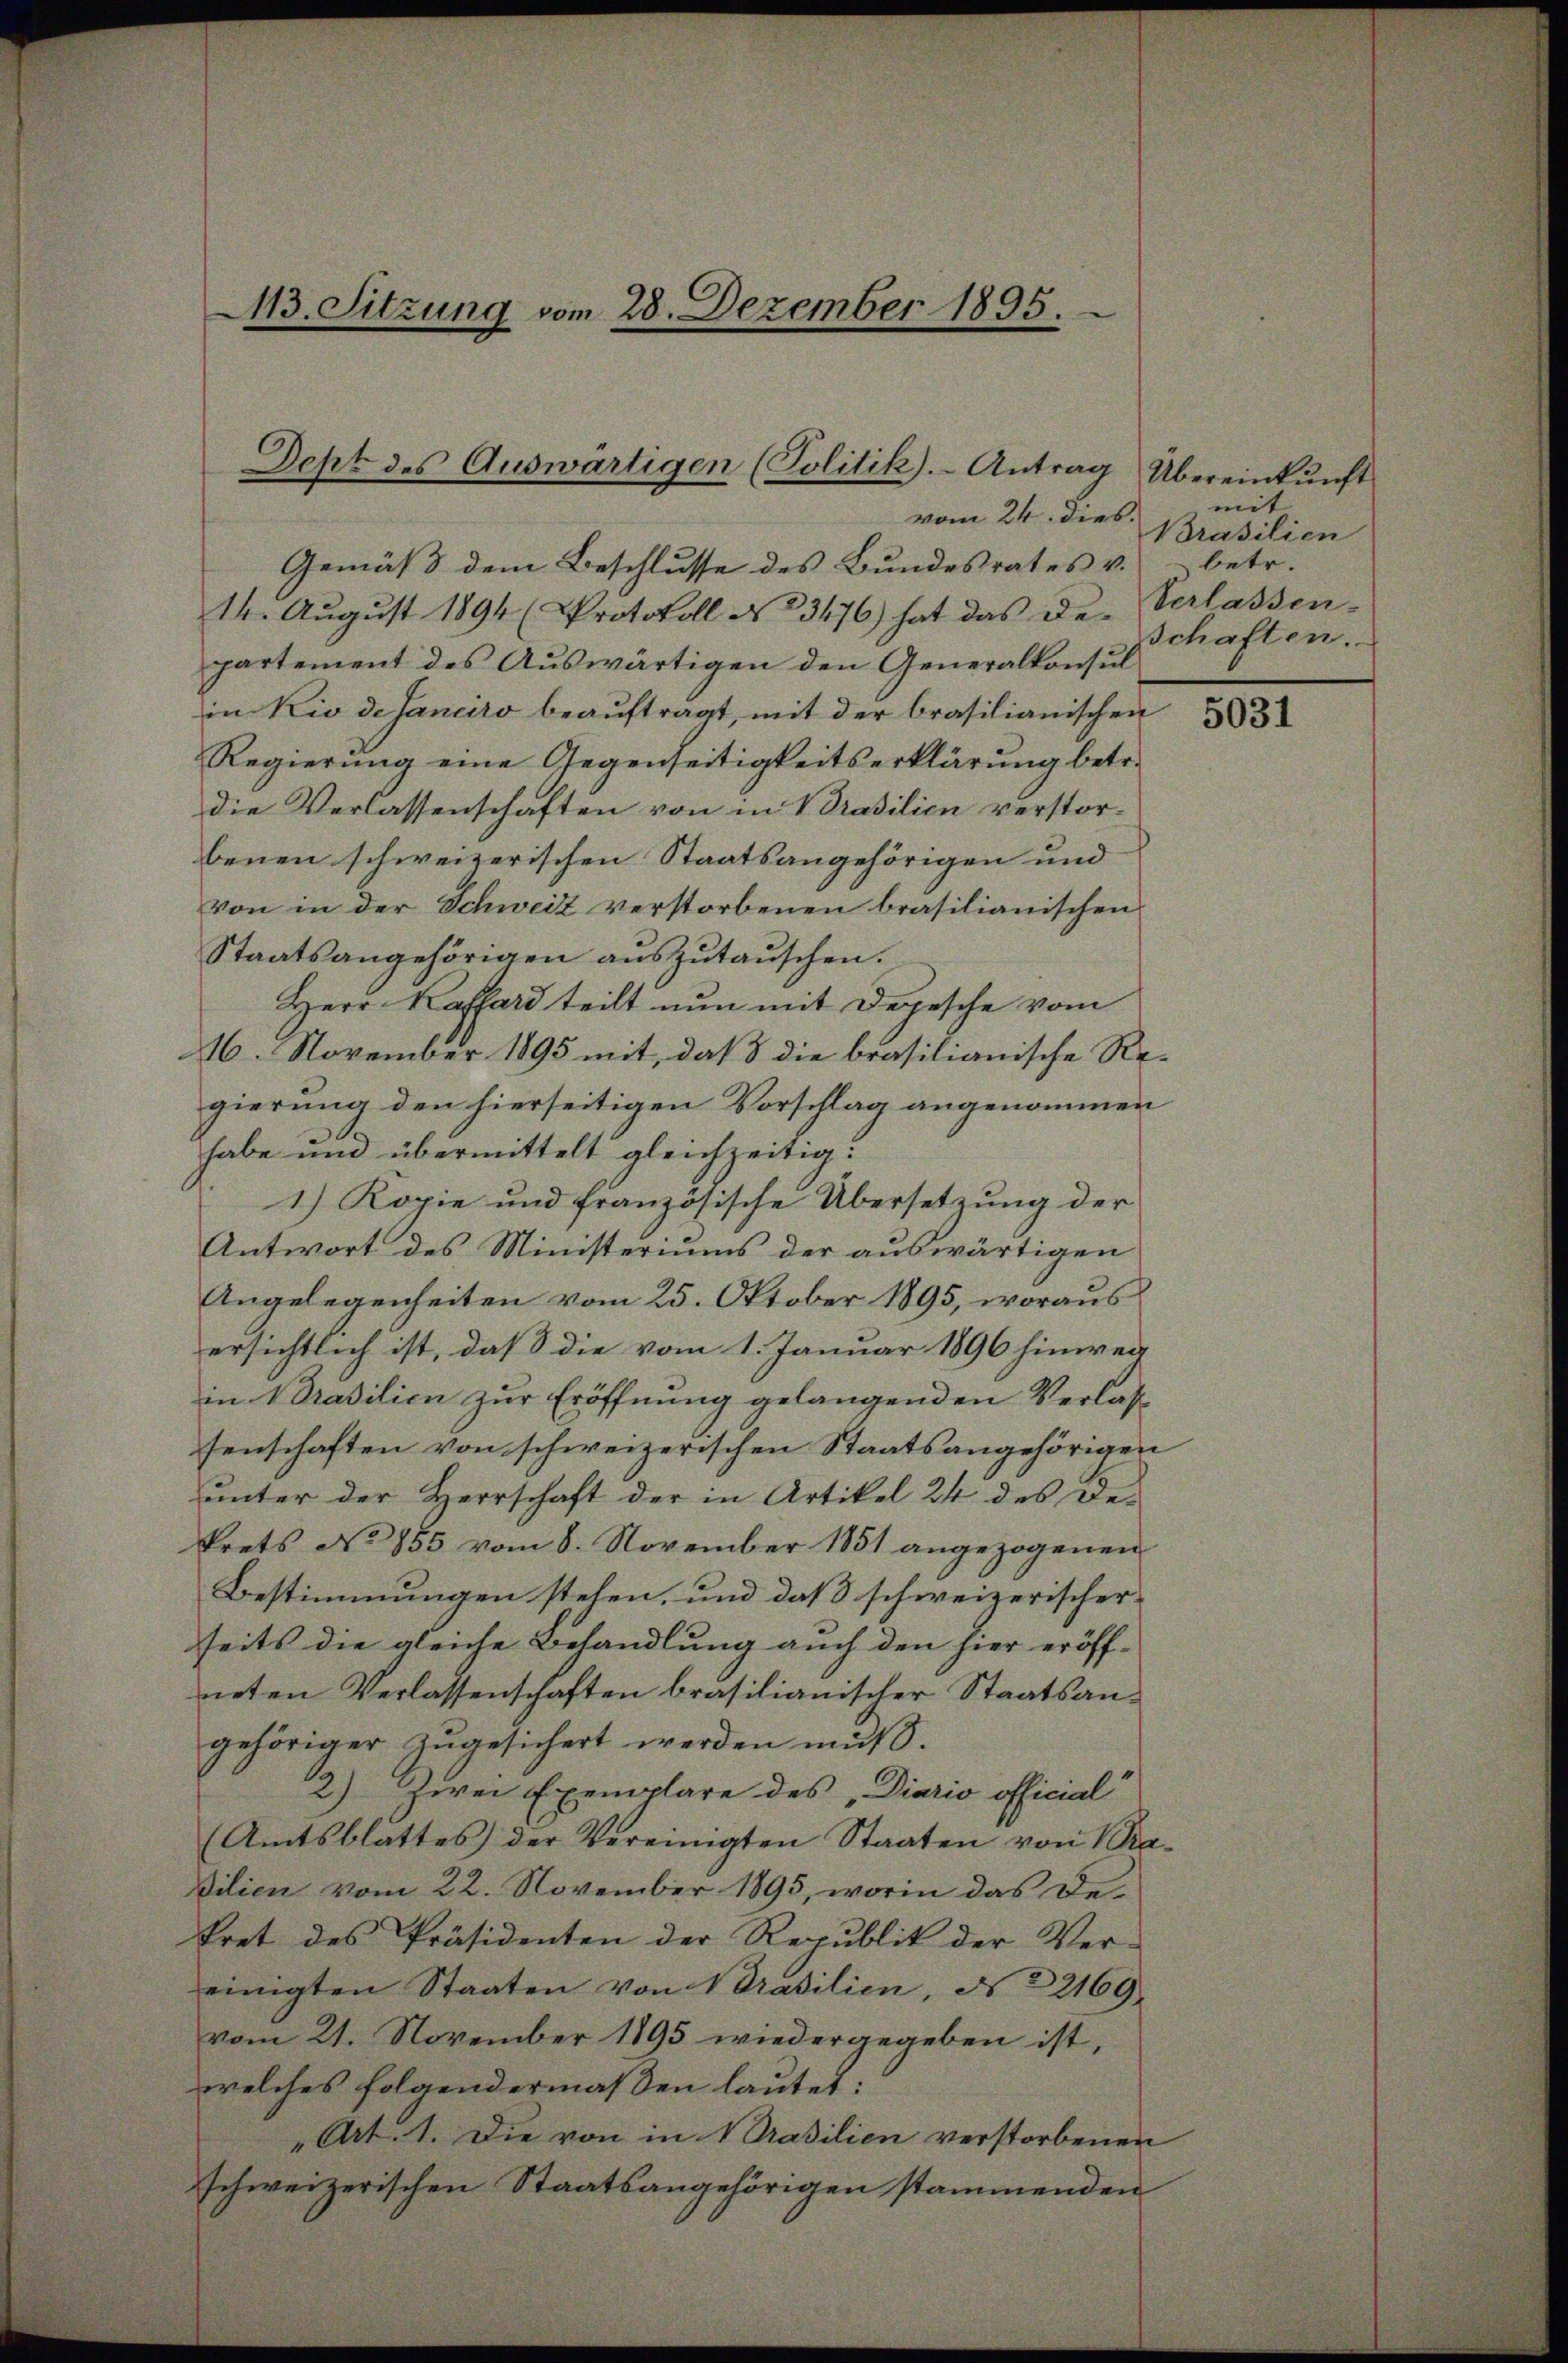
113. Sitzung vom 28. Dezember 1895.

Dept des Auswärtigen (Politik. Antrag Übereinkŭnft

vom 24. dies.
Gemäß dem Beschlusse des Bundesrates v. betr.
14. August 1894 (Protokoll No 3476) hat das De-Verlassen-
partement des Auswärtigen den Generalkonsul
in Rio de sanciro beaŭftragt, mit der brasilianischen
Regierung eine Gegenseitigkeitserklärung betr.
die Verlassenschaften von in Brasilien verstorbenen schweizerischen Staatsangehörigen und
von in der Schweiz verstorbenen brasilianischen
Staatsangehörigen aŭszŭtaŭschen.
Herr Kaffard teilt nun mit Depesche vom
16. November 1895 mit, daß die brasilianische Regierung den hierseitigen Vorschlag angenommen
habe und übermittelt gleichzeitig.
1) Kopie und französische Übersetzung der
Antwort des Ministeriums der auswärtigen
Angelegenheiten vom 25. Oktober 1895, woraus
ersichtlich ist, daß die vom 1. Januar 1896 hinweg
in rasilien zur Eröffnung gelangenden Verlasse
senschaften von schweizerischen Staatsangehörigen
unter der Herrschaft der in Artikel 24 des Dekrets No 855 vom 8. November 1851 angezogenen
Bestimmungen stehen, und daß schweizerischerseits die gleiche Behandlung auch den hier eröff-
neten Verlassenschaften brasilianischer Staatsangehöriger zugesichert werden muß.
12.) Zwei Exemplare des „Diario official
(Amtsblattes der Vereinigten Staaten von Ba-
Dilien vom 22. November 1895, worin das Dekret des Präsidenten der Republik der Ver-
einigten Staaten von rasilien, § 22169
vom 21. November 1895 wiedergegeben ist,
welches folgendermaßen lautet:
„Art. 1. Die von in Brasilien verstorbenen
schweizerischen Staatsangehörigen stammenden

mit
Brasilien
schaften.

5031